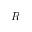
R